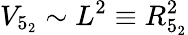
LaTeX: V_{5_{2}}\sim L^{2}\equiv R_{5_{2}}^{2}